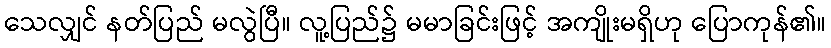
သေလျှင် နတ်ပြည် မလွဲပြီ။ လူ့ပြည်၌ မမာခြင်းဖြင့် အကျိုးမရှိဟု ပြောကုန်၏။